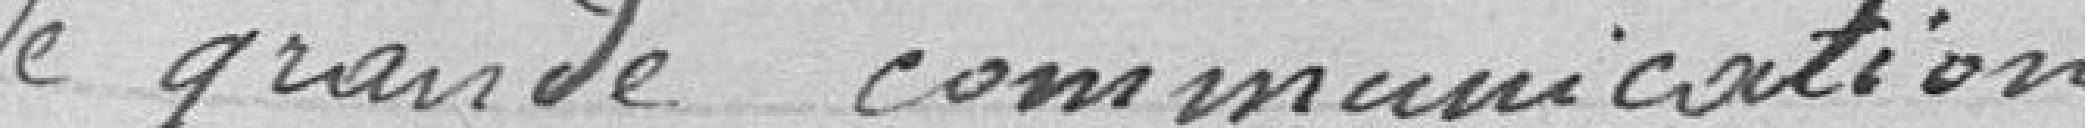
de grande communication